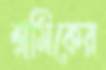
শ্রমিকের